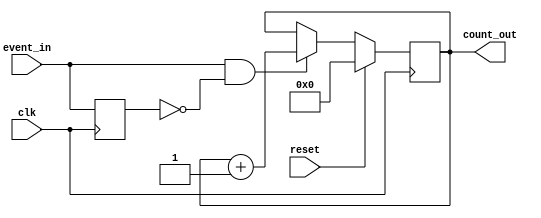
module event_triggered_counter #(
    parameter N = 8  // Width of the counter (adjust as needed)
)(
    input wire clk,           // Clock signal
    input wire reset,         // Synchronous reset signal
    input wire event_in,      // Event signal
    output reg [N-1:0] count_out // Count value output
);

    reg event_in_prev; // To hold the previous state of event_in for edge detection

    always @(posedge clk) begin
        if (reset) begin
            count_out <= 0; // Reset counter to zero
        end else begin
            // Edge detection: increment on rising edge of event_in
            if (event_in && !event_in_prev) begin
                count_out <= count_out + 1; // Increment counter
            end
        end
        event_in_prev <= event_in; // Update previous state of event_in
    end

endmodule